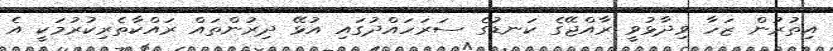
އިތުރުން ޒަހާ ވިދާޅުވީ ރާއްޖޭގެ ކަނޑުގެ ސަރަހައްދުގައި އުޅޭ ދިރުންތައް ރައްކާތެރިކުރުމަކީ އެ